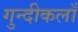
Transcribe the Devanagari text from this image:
गुन्दीकलाँ